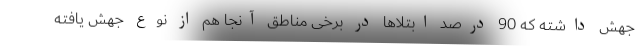
جهش داشته که 90 درصد ابتلاها در برخی مناطق آنجا هم از نوع جهش یافته